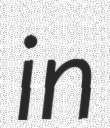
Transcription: in